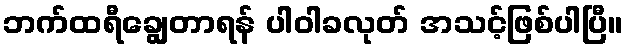
ဘက်ထရီချွေတာရန် ပါဝါခလုတ် အသင့်ဖြစ်ပါပြီ။